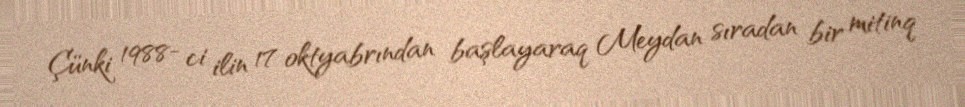
Çünki 1988- ci ilin 17 oktyabrından başlayaraq Meydan sıradan bir mitinq